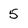
Character: 5